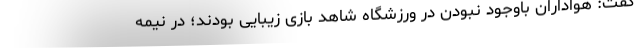
گفت: هواداران باوجود نبودن در ورزشگاه شاهد بازی زیبایی بودند؛ در نیمه